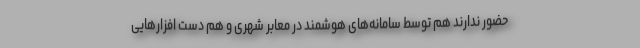
حضور ندارند هم توسط سامانه‌های هوشمند در معابر شهری و هم دست افزارهایی